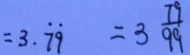
= 3 . \dot { 7 } \dot { 9 } = 3 \frac { 7 9 } { 9 9 }